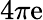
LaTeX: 4\pi\mathrm{e}